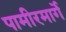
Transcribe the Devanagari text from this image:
पामीरमार्गे